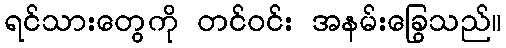
ရင်သားတွေကို တင်ဝင်း အနမ်းခြွေသည်။